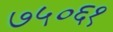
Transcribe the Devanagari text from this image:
७५०६१